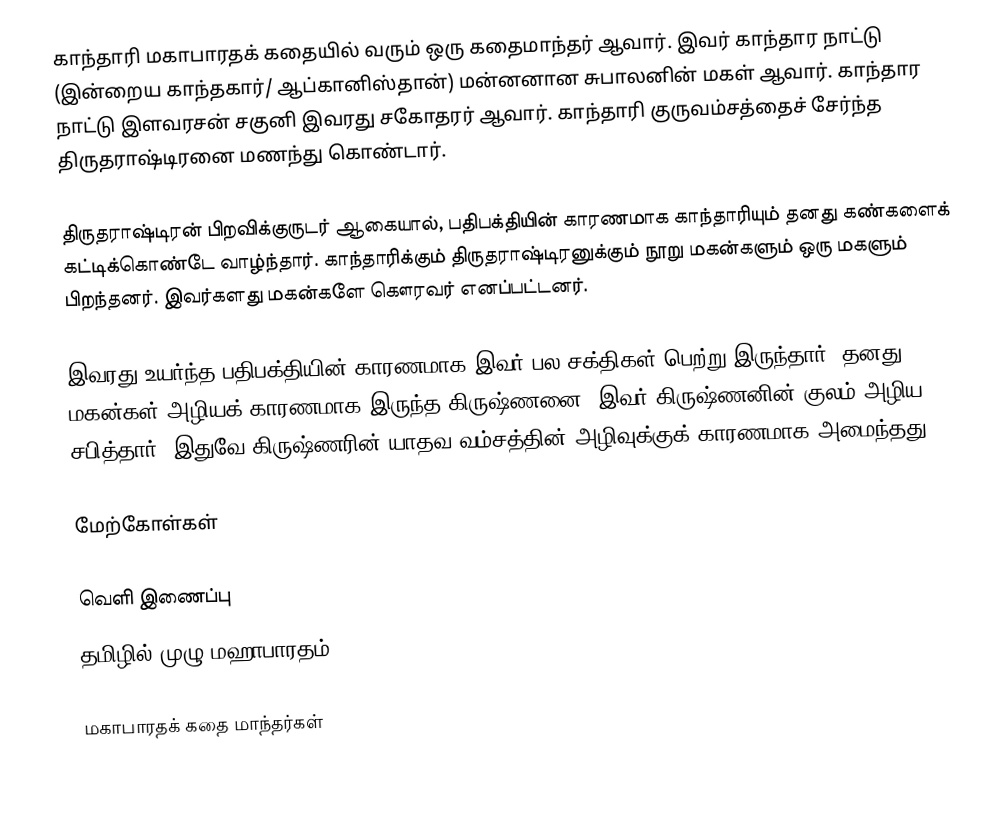
காந்தாரி மகாபாரதக் கதையில் வரும் ஒரு கதைமாந்தர் ஆவார். இவர் காந்தார நாட்டு (இன்றைய காந்தகார்/ ஆப்கானிஸ்தான்) மன்னனான சுபாலனின் மகள் ஆவார். காந்தார நாட்டு இளவரசன் சகுனி இவரது சகோதரர் ஆவார்.  காந்தாரி குருவம்சத்தைச் சேர்ந்த திருதராஷ்டிரனை மணந்து கொண்டார்.

திருதராஷ்டிரன் பிறவிக்குருடர் ஆகையால், பதிபக்தியின் காரணமாக காந்தாரியும் தனது கண்களைக் கட்டிக்கொண்டே வாழ்ந்தார். காந்தாரிக்கும் திருதராஷ்டிரனுக்கும் நூறு மகன்களும் ஒரு மகளும் பிறந்தனர். இவர்களது மகன்களே கௌரவர் எனப்பட்டனர்.

இவரது உயர்ந்த பதிபக்தியின் காரணமாக இவர் பல சக்திகள் பெற்று இருந்தார். தனது மகன்கள் அழியக் காரணமாக இருந்த கிருஷ்ணனை, இவர் கிருஷ்ணனின் குலம் அழிய சபித்தார். இதுவே கிருஷ்ணரின் யாதவ வம்சத்தின் அழிவுக்குக் காரணமாக அமைந்தது.

மேற்கோள்கள்

வெளி இணைப்பு
 தமிழில் முழு மஹாபாரதம்

மகாபாரதக் கதை மாந்தர்கள்